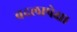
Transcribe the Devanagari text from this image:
बदलापेक्षा